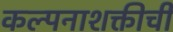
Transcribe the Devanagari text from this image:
कल्पनाशक्तीची